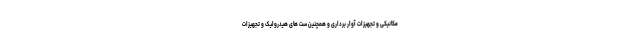
مکانیکی و تجهیزات آوار برداری و همچنین ست های هیدرولیک و تجهیزات